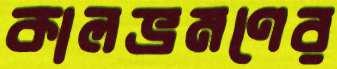
কালভ্রমণের